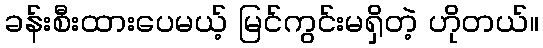
ခန်းစီးထားပေမယ့် မြင်ကွင်းမရှိတဲ့ ဟိုတယ်။